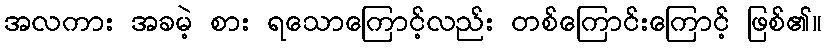
အလကား အခမဲ့ စား ရသောကြောင့်လည်း တစ်ကြောင်းကြောင့် ဖြစ်၏။